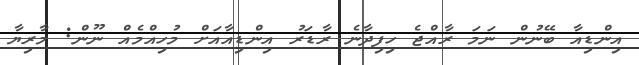
އިންޑިއާ ބޭނުން ނަމަ ރާއްޖެ ހިފިދާނެ ރާޑަރު އިންޑިއާއަށް މުހިއްމެއް ނޫން: މާރިޔާ